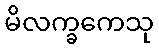
မိလက္ခကေသု